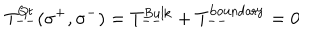
T _ { -- } ^ { \mathrm { Q t } } ( \sigma ^ { + } , \sigma ^ { - } ) = T _ { -- } ^ { \mathrm { B u l k } } + T _ { -- } ^ { \mathrm { b o u n d a r y } } = 0